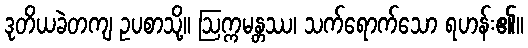
ဒုတိယခဲတကျ ဥပစာသို့။ ဩက္ကမန္တဿ၊ သက်ရောက်သော ရဟန်း၏။